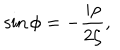
\sin \phi = - \frac { i \rho } { 2 \zeta } ,